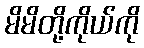
မိမိတို့ကိုယ်ကို